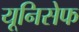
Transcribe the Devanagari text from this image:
यूनिसेेफ